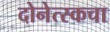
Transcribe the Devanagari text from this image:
दोनेत्स्कचा